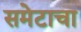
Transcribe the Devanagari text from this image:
समेटाचा